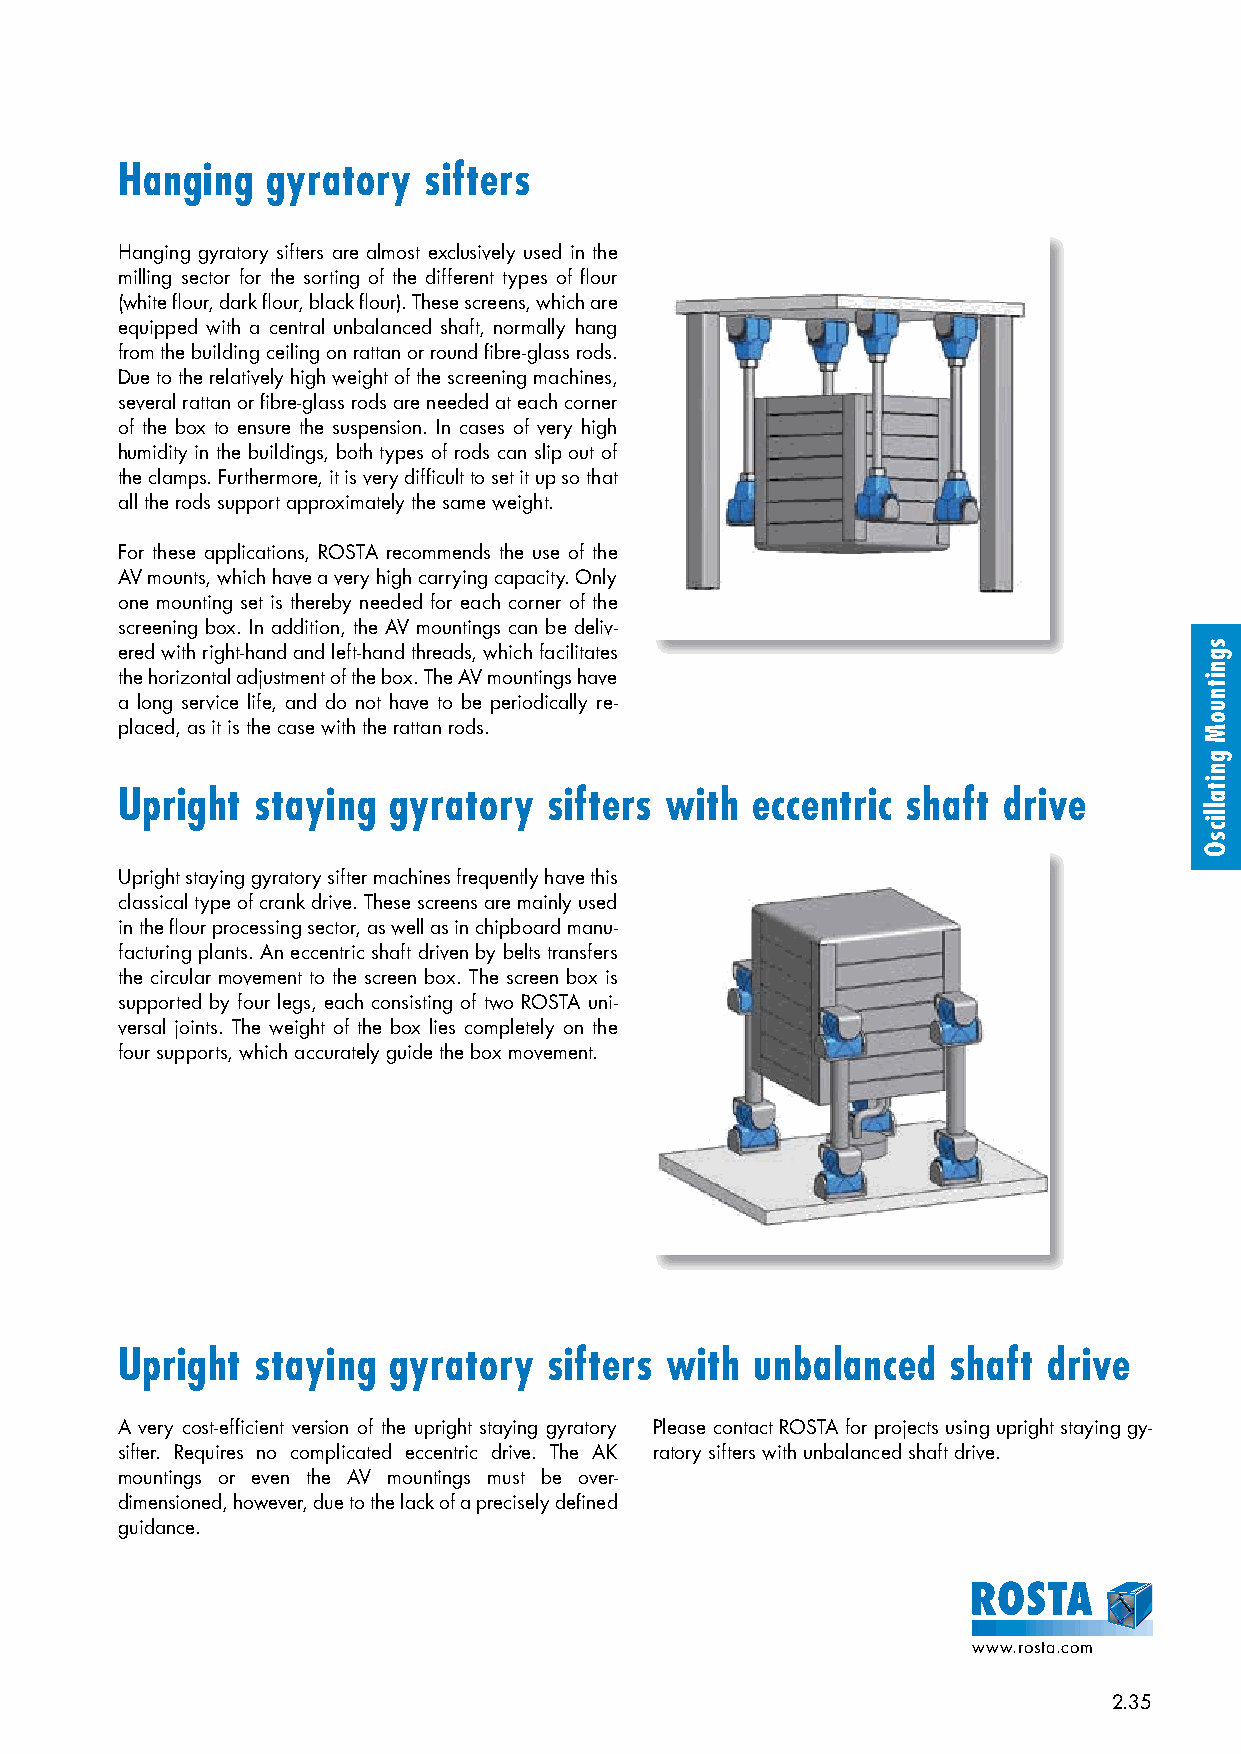
Hanging   gyratory  sifters
 Hanging gyratory sifters are almost exclusively used in the
 milling sector for the sorting of the different types of flour
 (white flour, dark flour, black flour). These screens, which are
 equipped with a central unbalanced shaft, normally hang
 from the building ceiling on rattan or round fibre-glass rods.
 Due to the relatively high weight of the screening machines,
 several rattan or fibre-glass rods are needed at each corner
 of the box to ensure the suspension. In cases of very high
 humidity in the buildings, both types of rods can slip out of
 the clamps. Furthermore, it is very difficult to set it up so that
 all the rods support approximately the same weight.
 For these applications, ROSTA recommends the use of the
 AV mounts, which have a very high carrying capacity. Only
 one mounting set is thereby needed for each corner of the
 screening box. In addition, the AV mountings can be deliv-
 ered with right-hand and left-hand threads, which facilitates
 the horizontal adjustment of the box. The AV mountings have
 a long service life, and do not have to be periodically re-
 placed, as it is the case with the rattan rods.
 Upright  staying  gyratory  sifters with  eccentric shaft drive
 Upright staying gyratory sifter machines frequently have this
 classical type of crank drive. These screens are mainly used
 in the flour processing sector, as well as in chipboard manu-
 facturing plants. An eccentric shaft driven by belts transfers
 the circular movement to the screen box. The screen box is
 supported by four legs, each consisting of two ROSTA uni-
 versal joints. The weight of the box lies completely on the
 four supports, which accurately guide the box movement.
 Upright  staying  gyratory  sifters with  unbalanced   shaft drive
 A very cost-efficient version of the upright staying gyratory Please contact ROSTA for projects using upright staying gy-
 sifter. Requires no complicated eccentric drive. The AK ratory sifters with unbalanced shaft drive.
 mountings or even the AV mountings must be over-
 dimensioned, however, due to the lack of a precisely defined
 guidance.
 www.rosta.com
 2.35
 sgnitnuoM
 gnitallicsO